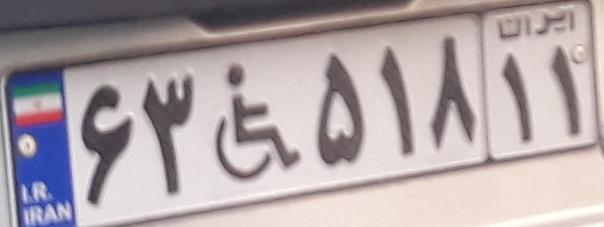
۶۳+۵۱۸۱۱